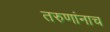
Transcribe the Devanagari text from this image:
तरुणांनाच